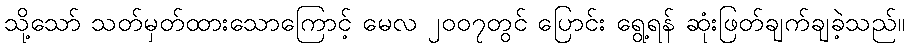
သို့သော် သတ်မှတ်ထားသောကြောင့် မေလ ၂၀၀၇တွင် ပြောင်း ရွေ့ရန် ဆုံးဖြတ်ချက်ချခဲ့သည်။